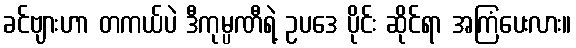
ခင်ဗျားဟာ တကယ်ပဲ ဒီကုမ္ပဏီရဲ့ ဥပဒေ ပိုင်း ဆိုင်ရာ အကြံပေးလား။